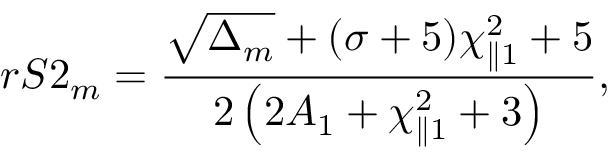
r S 2 _ { m } = \frac { \sqrt { \Delta _ { m } } + ( \sigma + 5 ) \chi _ { \parallel 1 } ^ { 2 } + 5 } { 2 \left( 2 A _ { 1 } + \chi _ { \parallel 1 } ^ { 2 } + 3 \right) } ,